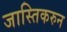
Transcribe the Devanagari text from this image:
जास्तिकरुन